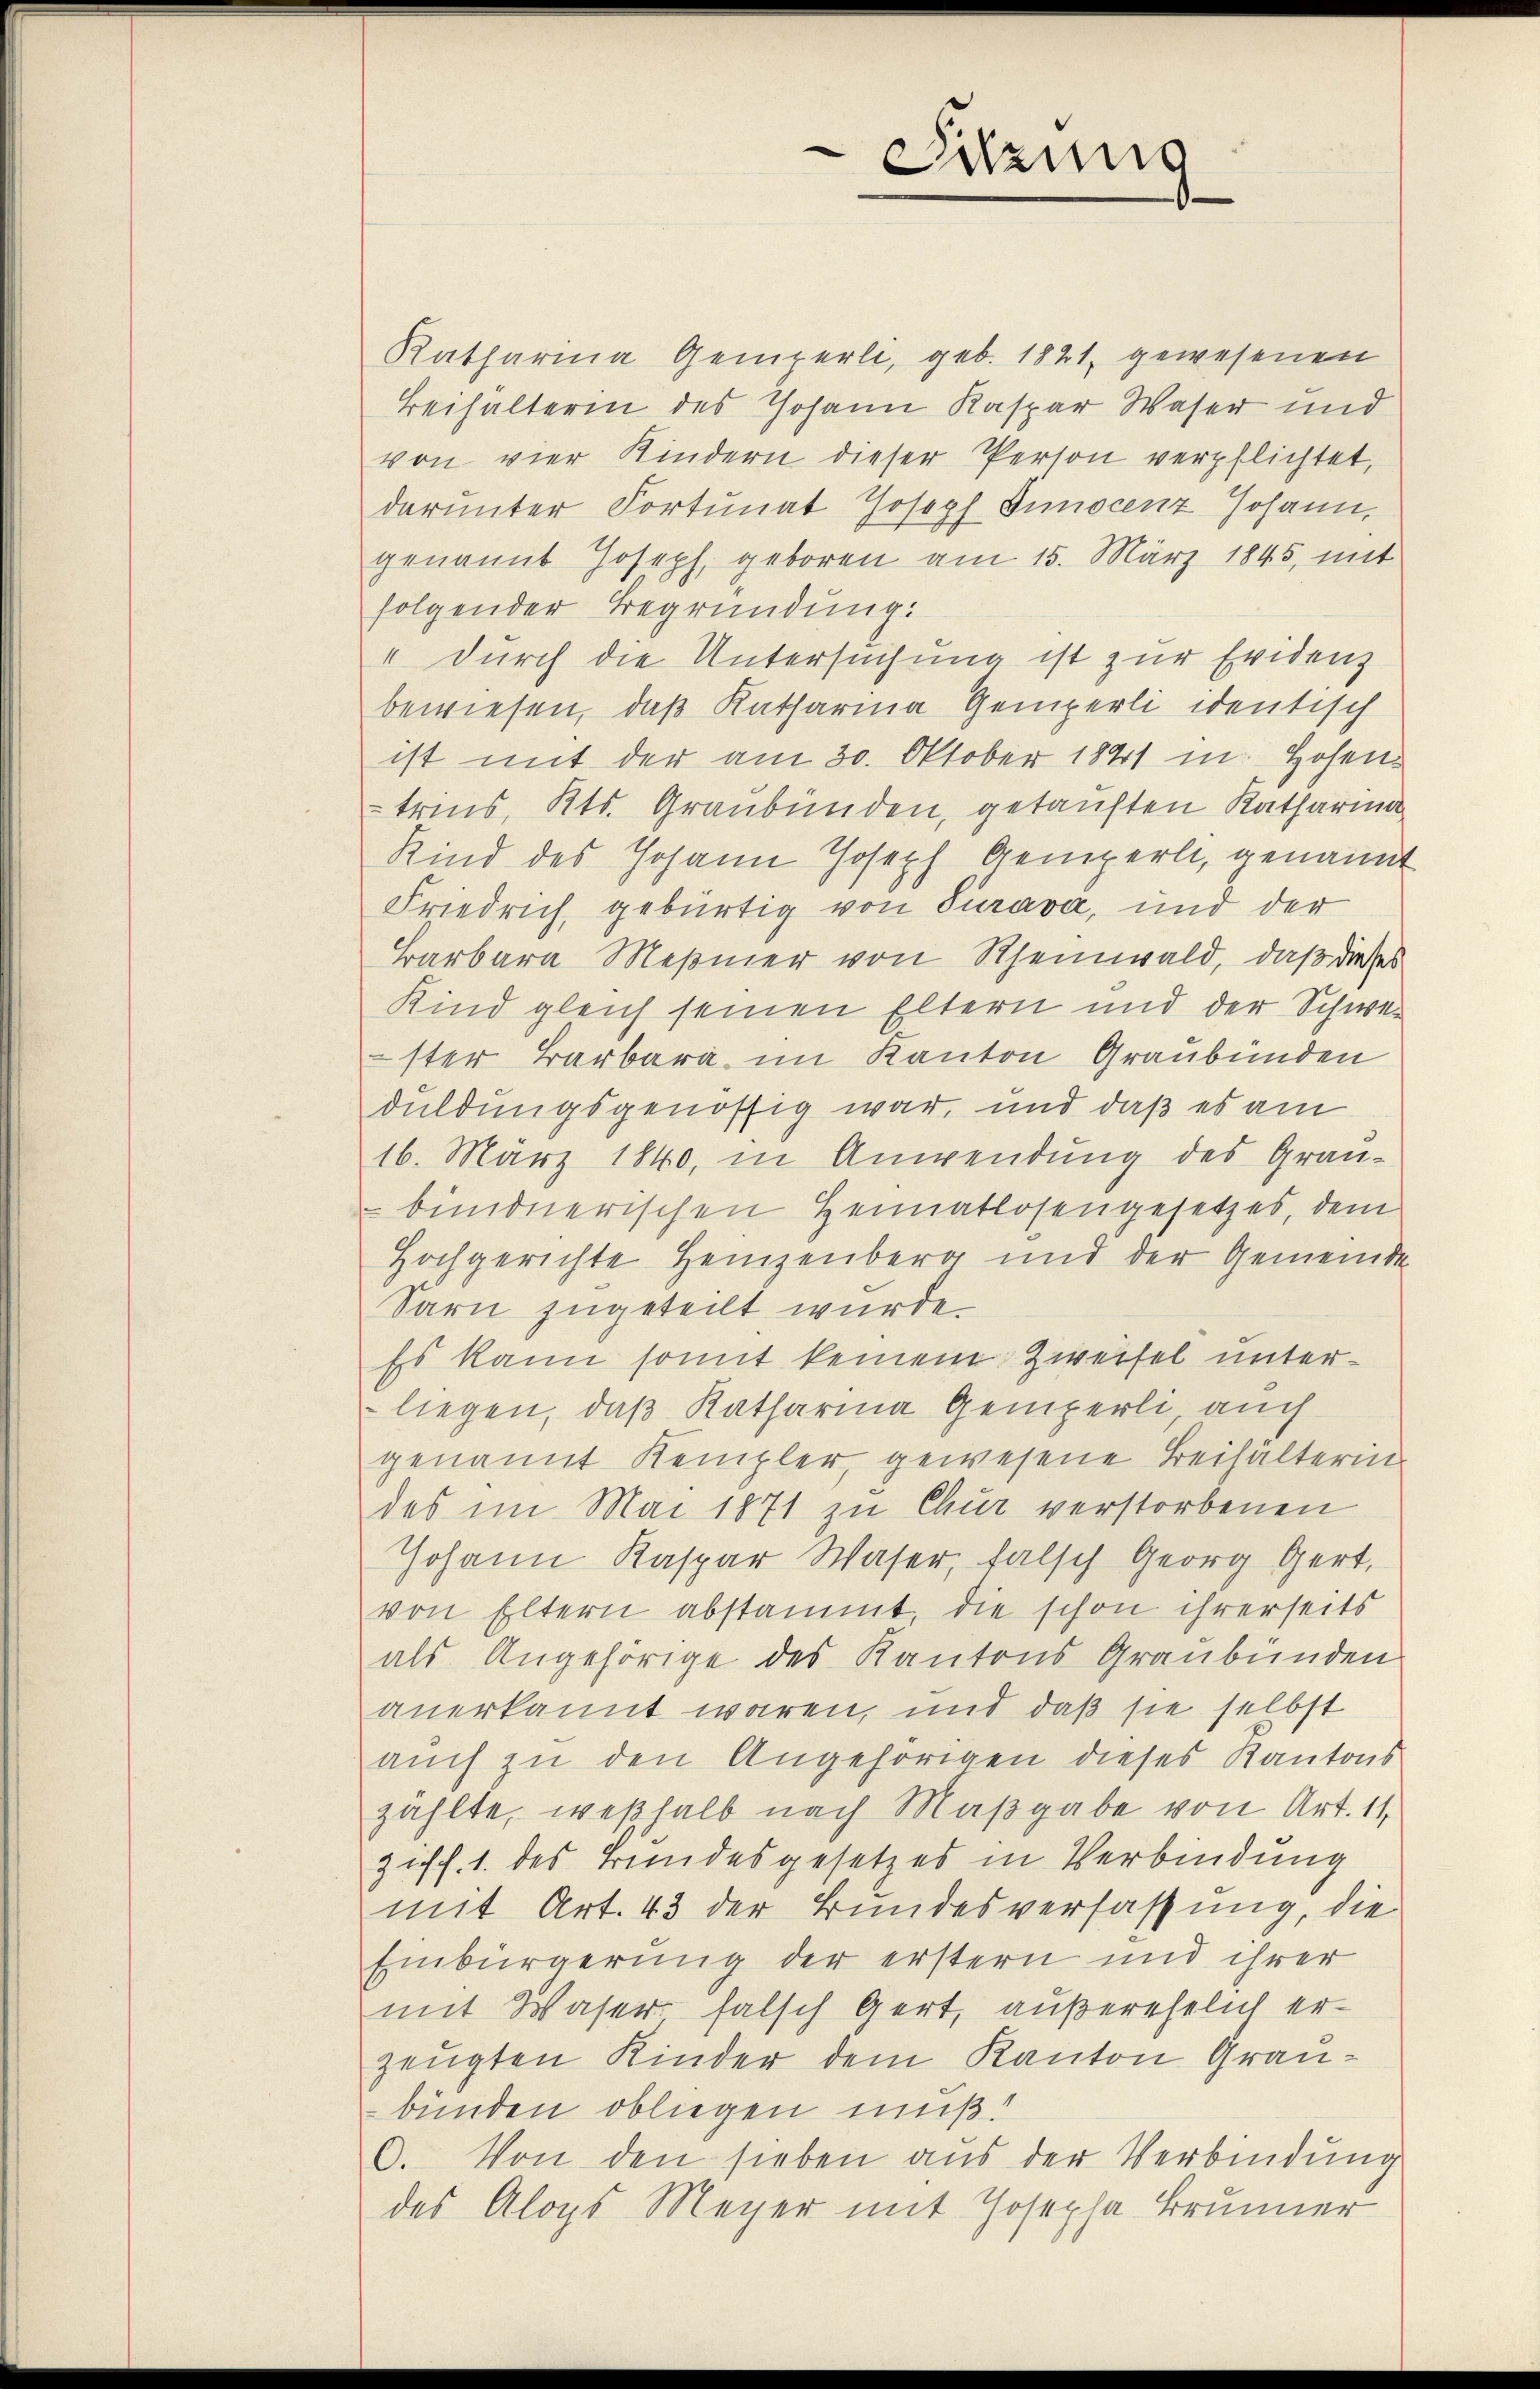
Katharina Gemperli, geb. 1821, gewesenen
Beihälterin des Johann Kaspar Waser und
von vier Kindern dieser Person verpflichtet,
darunter Portunat Joseph Innocenz Johann,
genannt Joseph, geboren am 15. März 1845, mit
folgender Begründung.
" durch die Untersuchung ist zur Evidenz
bewiesen, daß Katharina Gemperli identisch
ist mit der am 30. Oktober 1841 in Hosen-
trius, Kts. Graubünden, getauften Katharina
Kind des Johann Joseph Gemperli, genannt
Friedrich, gebürtig von Turava, und der
Barbara Meßmer von Rheinwald, daß dieses
Kind gleich seinen Eltern und der Schwer
ster Barbara im Kanton Graubünden
duldungsgenössig war, und daß es am
16. März 1840, in Anwendung des Graubindnerischen Heimatlosengesetzes, dem
Hochgerichte Heinzenberg und der Gemeinde
Sarn zugeteilt wurde.
Es kann somit keinem Zweifel unterliegen, daß Katharina Gemperli auch
genannt Kempler, gewesene Beihälterin
des im Mai 1871 zu Chur verstorbenen
Johann Kaspar Waser, falsch Georg Gert,
von Eltern abstammt, die schon ihrerseits
als Angehörige des Kantons Graubünden
anerkannt waren, und daß sie selbst
auch zu den Angehörigen dieses Kantons
zählte, weßhalb nach Maßgabe von Art. 11.
zif. 1. des Bundesgesetzes in Verbindung
mit Art. 43 der Bundesverfassung, die
Einbürgerung der erstern und ihrer
mit Waser, falsch Gert, außerehelich erzeugten Kinder dem Kanton Graubünden obliegen muß.
6. Von den sieben aus der Verbindung
des Aloys Meyer mit Josepha Brunner

Sitzung